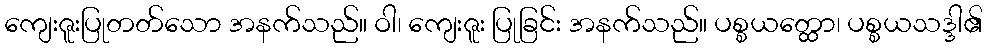
ကျေးဇူးပြုတတ်သော အနက်သည်။ ဝါ၊ ကျေးဇူး ပြုခြင်း အနက်သည်။ ပစ္စယတ္ထော၊ ပစ္စယသဒ္ဒါ၏